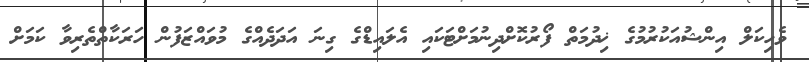
ވެހިކަލް އިންޝުއަކުރުމުގެ ޚިދުމަތް ފޯރުކޮށްދިނުމަށްޓަކައި އެލައިޑްގެ ގިނަ އަދަދެއްގެ މުވައްޒަފުން ހަރަކާތްތެރިވާ ކަމަށް